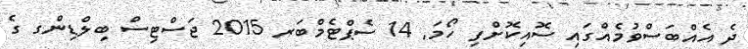
ދެ އެއްބަސްވުމެއްގައި ސޮއިކޮށްފި ހޯމަ